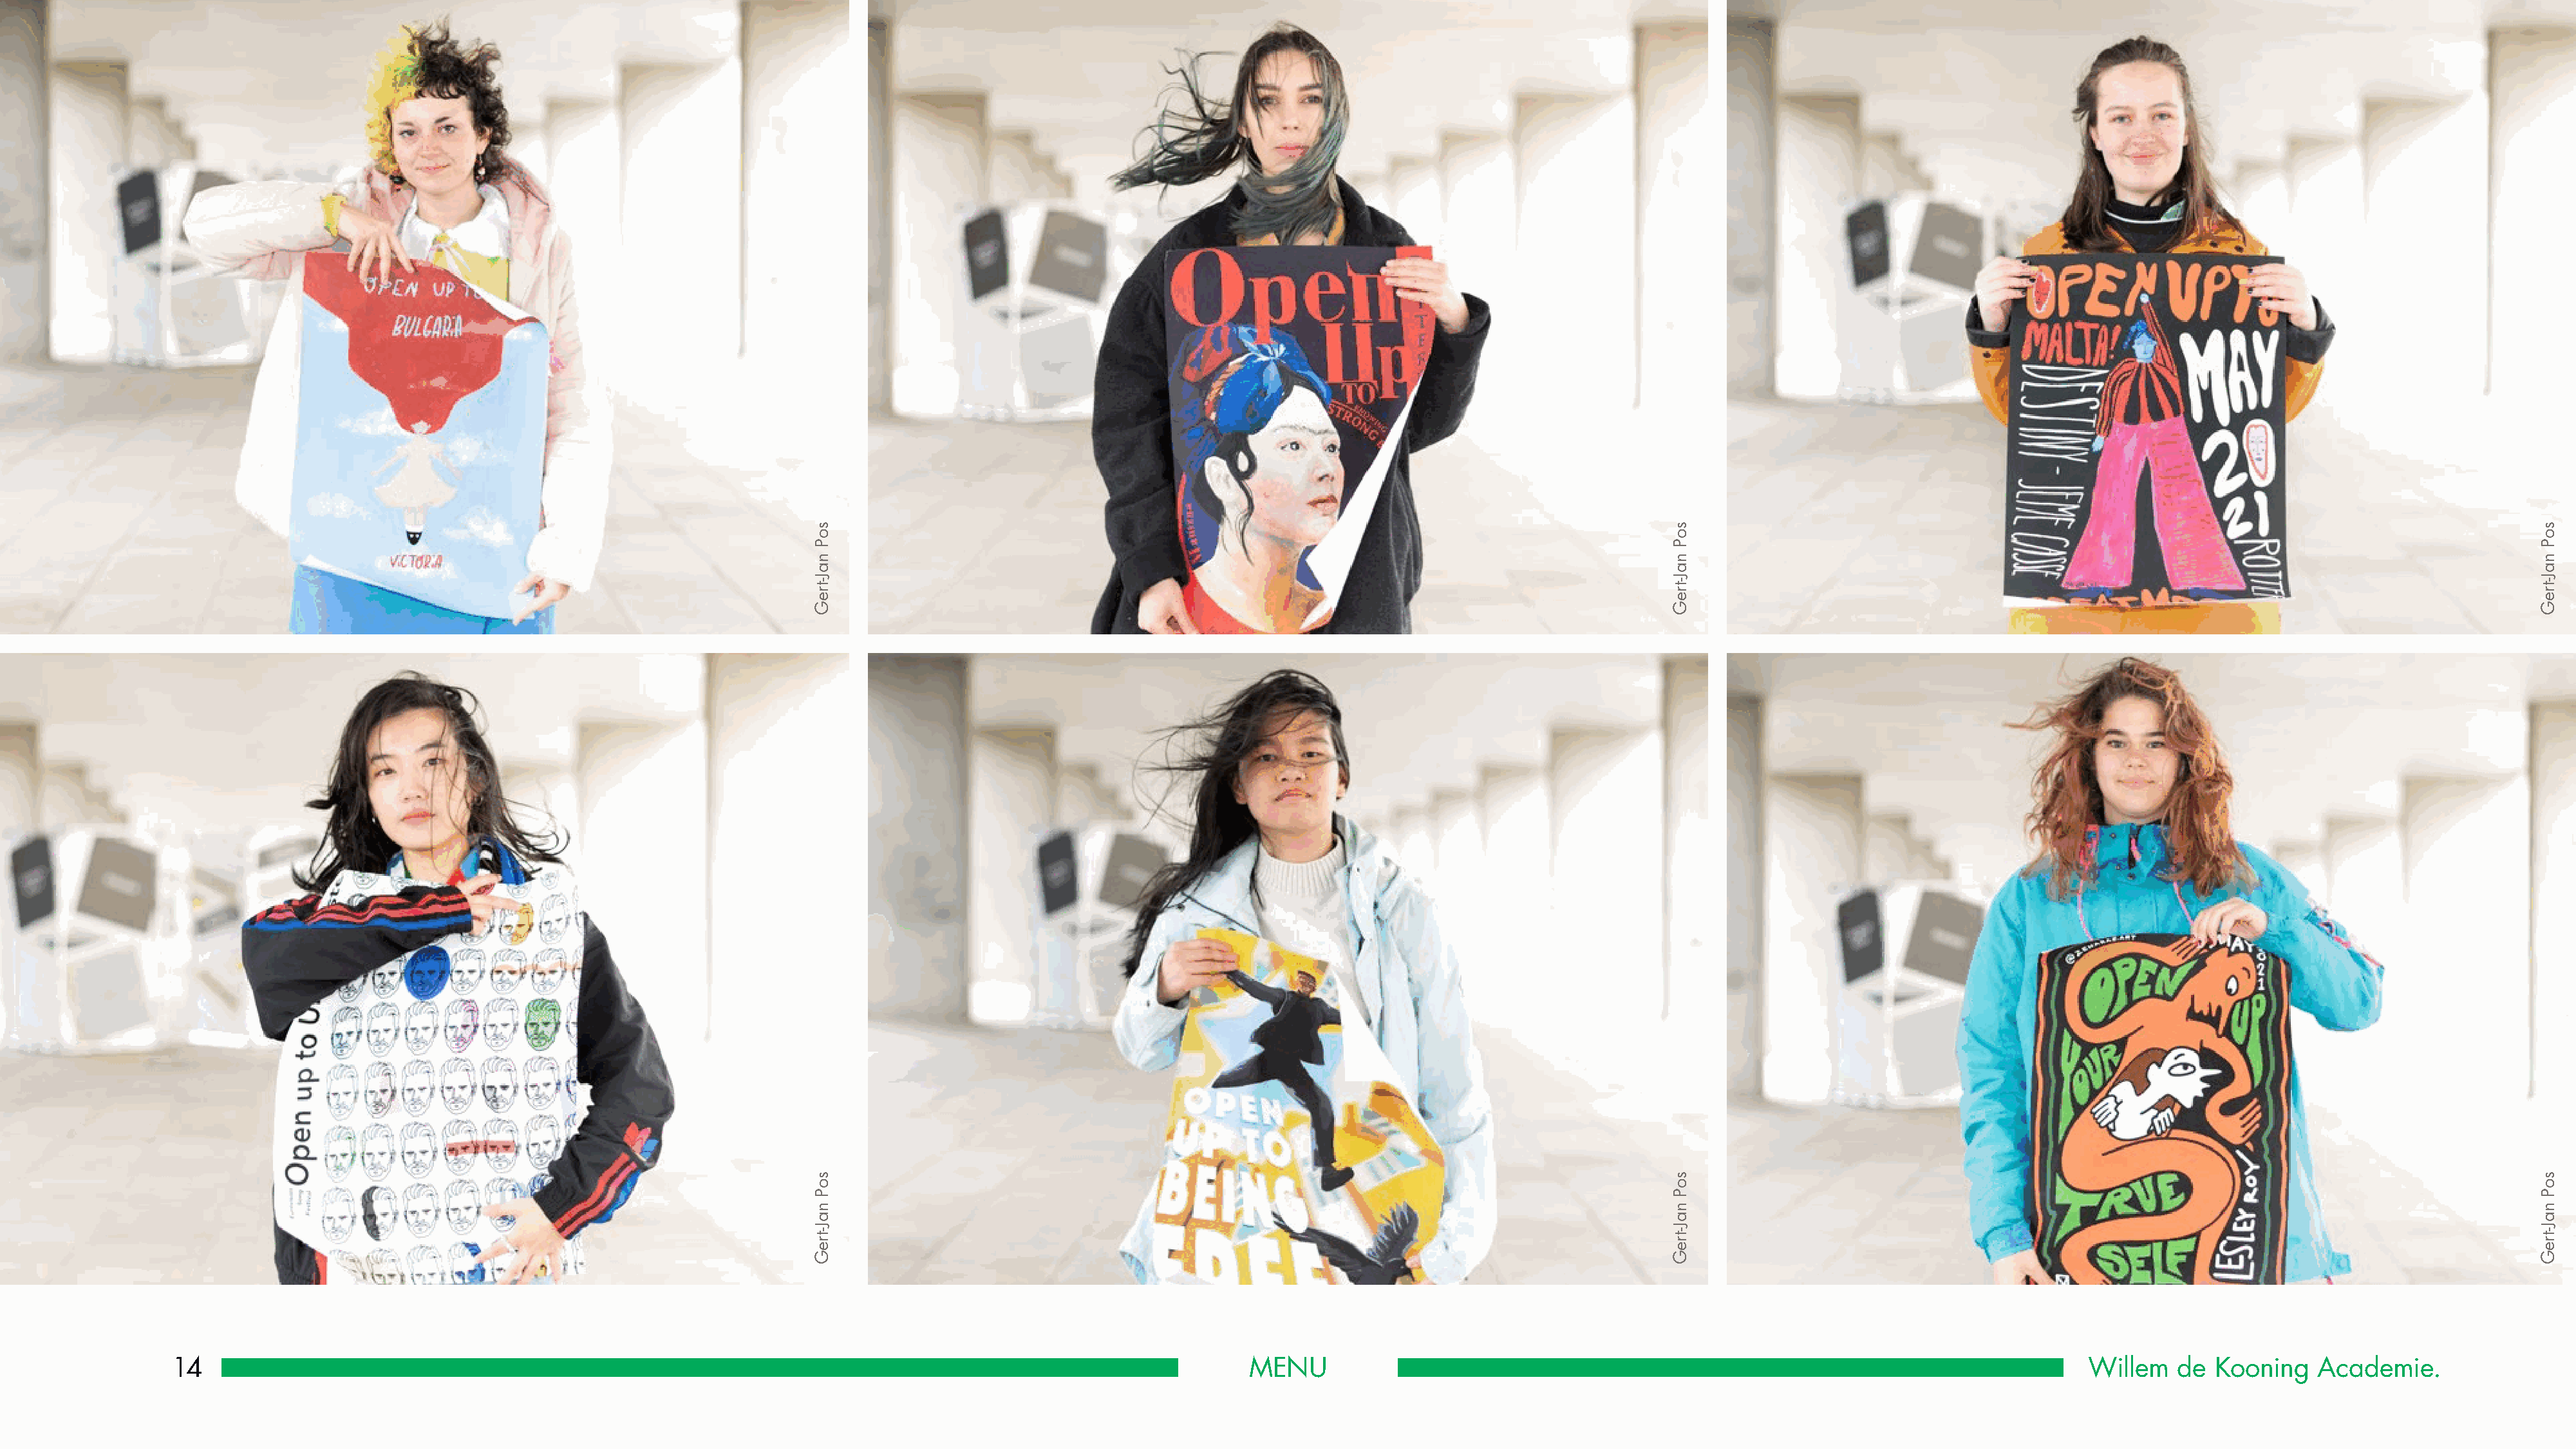
14                                                                                                            MENU                                                                                   Willem   de  Kooning   Academie.
 soP
 naJ-treG
 soP
 naJ-treG
 soP
 naJ-treG
 soP
 naJ-treG
 soP
 naJ-treG
 soP
 naJ-treG